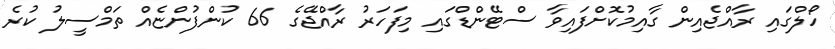
ހޯލްގައި ރާއްޖެއިން ގާއިމުކޮށްފައިވާ ސްޓޭންޑްގައި މިފަހަރު ރާއްޖޭގެ 66 ކުންފުންޏެއް ތަމްސީލު ކުރެ